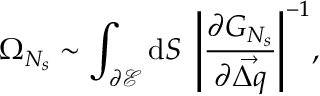
\Omega _ { N _ { s } } \sim \int _ { \partial \mathcal { E } } { \mathrm { d } S \; \left\vert \frac { \partial G _ { N _ { s } } } { \partial \vec { \Delta q } } \right\vert ^ { - 1 } } ,